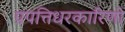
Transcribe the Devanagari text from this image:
प्रपत्तिधरकारिणो